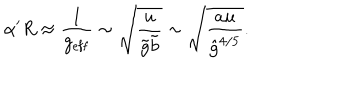
\alpha ^ { \prime } R \approx \frac { 1 } { g _ { \mathrm { e f f } } } \sim \sqrt { \frac { u } { \tilde { g } \tilde { b } } } \sim \sqrt { \frac { a u } { { \hat { g } } ^ { 4 / 5 } } } .